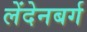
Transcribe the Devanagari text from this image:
लेंदेनबर्ग